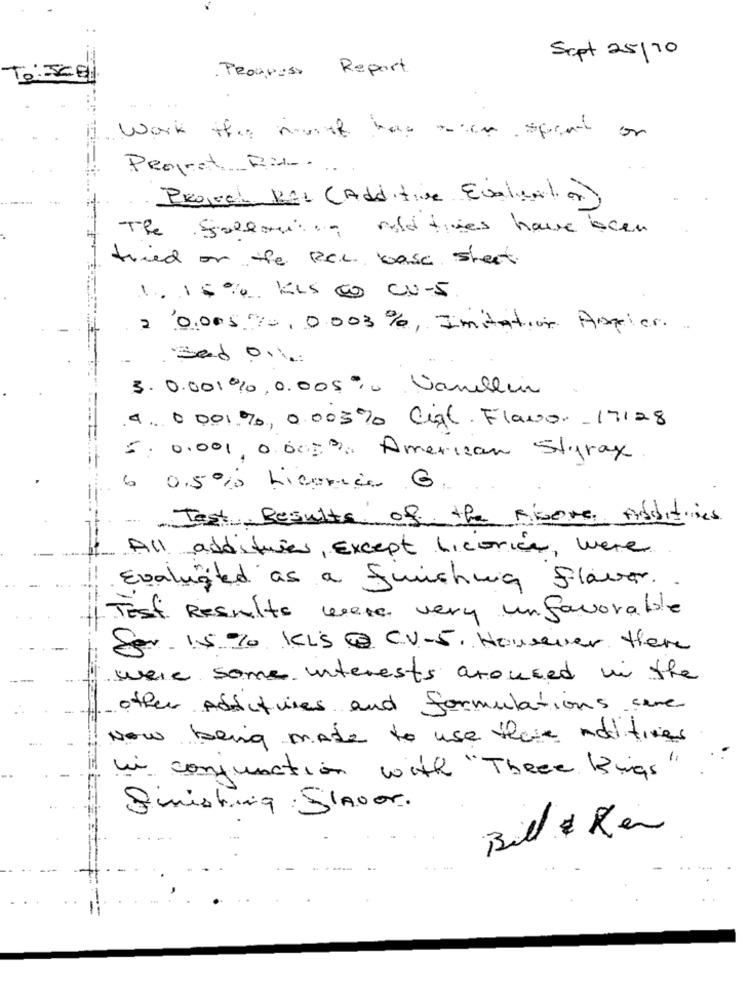
Sept 25/10
TO: ISCEL.
PROGRES
Report.
Work this month has acon spent
or
Project B :-...
Provel KAL (Additive Evaluation
The following relatives have been
tried on the RCC base street.
1.15% KLS @ CU-5
2 0.005%0, 0003%, Imitation Astier.
Bed on
3.0.001%, 0.005% Vanillen
4. 0001 %, 0,05% Cift. Flavor 17128
5. 0.001, 00000: American Styrax.
6 0.5% Licence 6,
Test Results of the misere Additives
All additives, Except Licorice, were
Evaluated as a quichua flavor.
TEST Results were very unfavorable
Ser. 15% KLS @ CV-5. Housever there
were some interests aroused in the
other Additives and formulations same
Now being made to use these additives
in conjunction with "Three Kings"
Simisting Slaver.
Bill # Ken